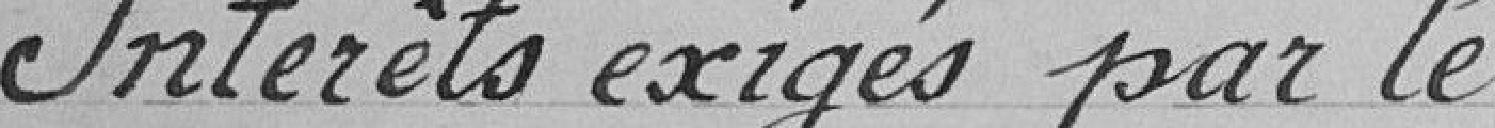
Intérêts exigés par le